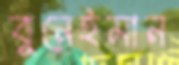
বুনেইমান